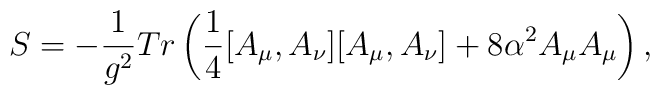
S=-\frac{1}{g^{2}}Tr\left(\frac{1}{4}[A_{\mu},A_{\nu}][A_{\mu},A_{\nu}]+8\alpha^{2}A_{\mu}A_{\mu}\right),